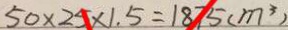
5 0 \times 2 5 \times 1 . 5 = 1 8 7 5 ( m ^ { 3 } )